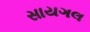
સાયગલ